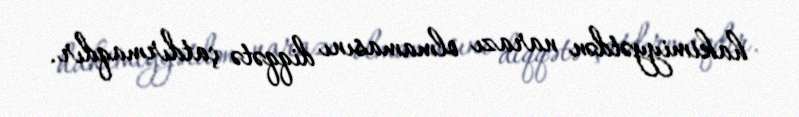
hakimiyyətdən narazı olmamasını diqqətə çatdırmaqdır.